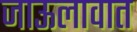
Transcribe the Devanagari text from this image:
जाऊलावात